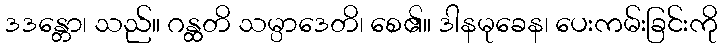
ဒဒန္တော၊ သည်။ ဂန္ထတိ သမ္ပာဒေတိ၊ စေ၏။ ဒါနမုခေန၊ ပေးကမ်းခြင်းကို